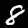
Digit: 8